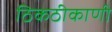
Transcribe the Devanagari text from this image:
ठिकठीकाणी